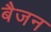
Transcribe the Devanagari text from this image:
बैजन